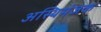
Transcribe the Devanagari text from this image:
अस्थिमंजक